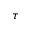
\tau